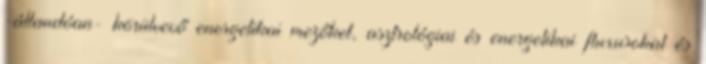
-állandóan- körülvevő energetikai mezőket, asztrológiai és energetikai fluxusokat és